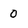
Character: 0